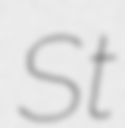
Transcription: St